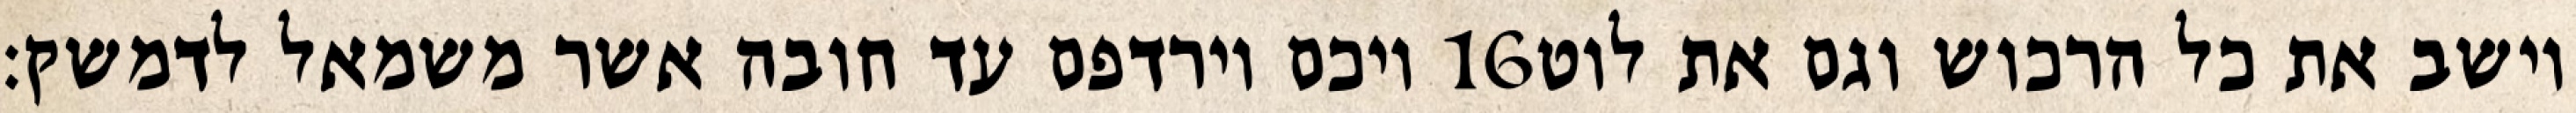
ויכם וירדפם עד חובה אשר משמאל לדמשק׃ ‎16‏ וישב את כל הרכוש וגם את לוט